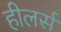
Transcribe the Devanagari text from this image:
हीलर्स